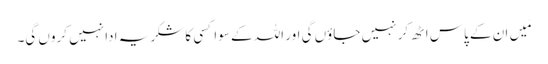
مَیں ان کے پاس اٹھ کر نہیں جاؤں گی اور اللہ کے سوا کسی کا شکریہ ادا نہیں کروں گی۔